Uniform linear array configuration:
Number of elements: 48
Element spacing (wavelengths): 0.25
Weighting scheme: binomial
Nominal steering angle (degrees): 15
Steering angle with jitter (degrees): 14.018
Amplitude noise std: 0.05
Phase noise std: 0.05

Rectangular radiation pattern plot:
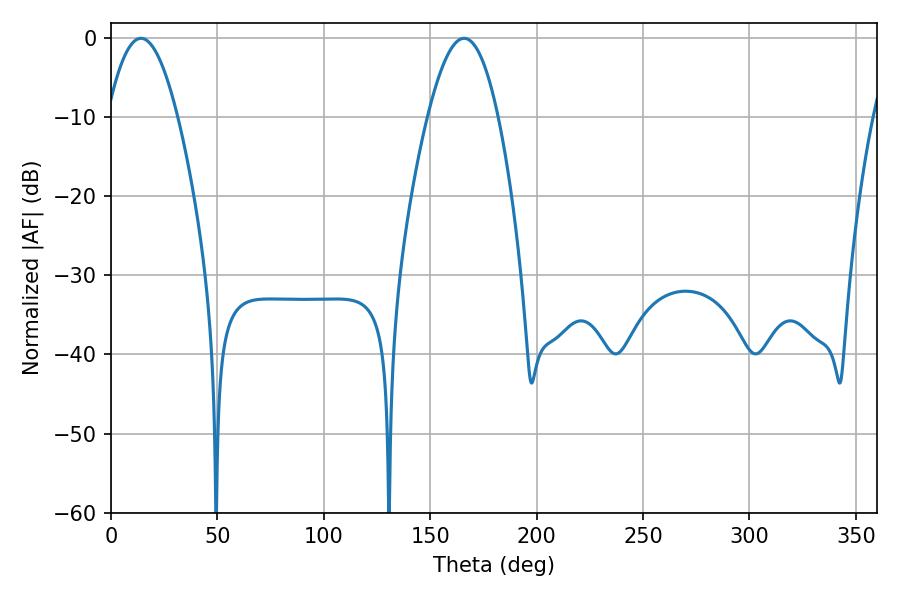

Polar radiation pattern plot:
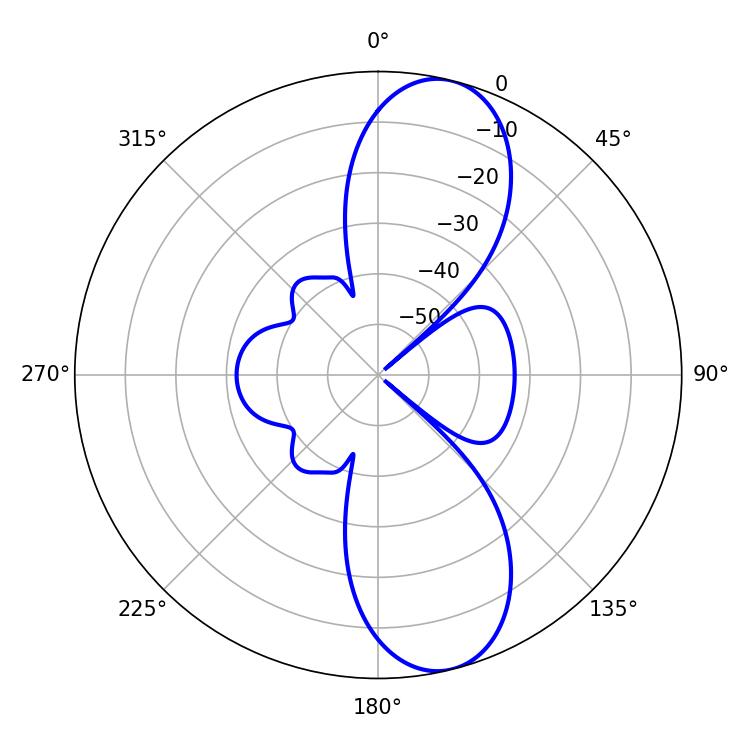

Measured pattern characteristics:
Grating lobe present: FALSE
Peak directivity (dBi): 10.755
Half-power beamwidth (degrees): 18
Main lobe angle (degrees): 14.04